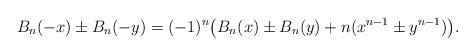
LaTeX: \begin{align*}B_n ( - x) \pm B_n ( - y) =(-1)^n\big( B_n (x) \pm B_n (y) + n(x^{n - 1} \pm y^{n - 1} )\big).\end{align*}